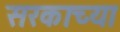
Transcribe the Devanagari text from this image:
सरकाच्या